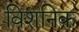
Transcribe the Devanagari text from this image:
विशनिक